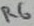
Text: R6